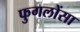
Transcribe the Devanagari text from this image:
फुगलोंसा